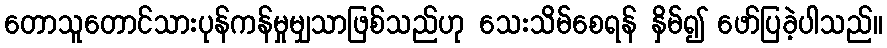
တောသူတောင်သားပုန်ကန်မှုမျှသာဖြစ်သည်ဟု သေးသိမ်စေရန် နှိမ်၍ ဖော်ပြခဲ့ပါသည်။